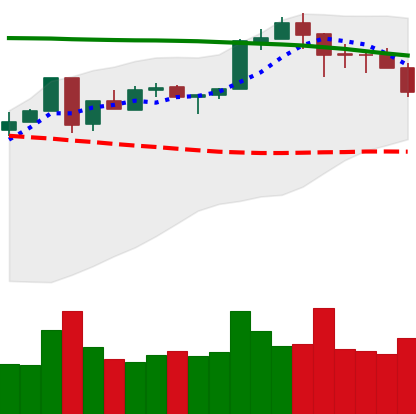
Ticker: ETH-USD
Chart end date: 2018-05-11
Forward return: 4.041%
Label: up_3_5